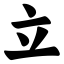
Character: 立